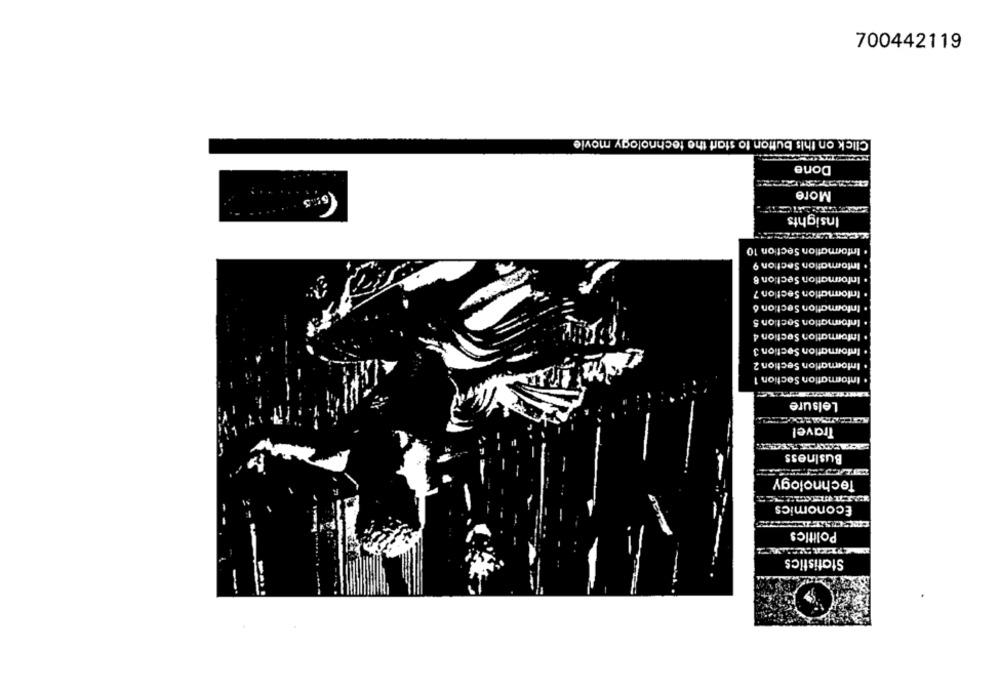
700442119
Click on this button to start the technology movie
Done
More
Insights
· Information Section 10
. Information Section 9
· Information Section 8
. Information Section 7
· Information Section 6
. Information Section 5
. Information Section 4
· Information Section 3
. Information Section 2
. Information Section 1
Lelsure
Travel
Business
Technology
Economics
Politics
Statistics